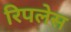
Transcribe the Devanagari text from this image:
रिपलेस